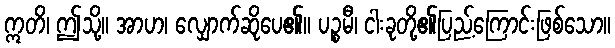
ဣတိ၊ ဤသို့။ အာဟ၊ လျှောက်ဆိုပေ၏။ ပဉ္စမီ၊ ငါးခုတို့၏ပြည့်ကြောင်းဖြစ်သော။